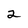
Character: 2